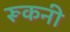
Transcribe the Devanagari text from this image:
रूकनी